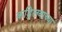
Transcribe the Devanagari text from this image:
कडुिलबाच्या